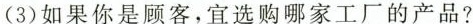
(3)如果你是顾客，宜选购哪家工厂的产品?